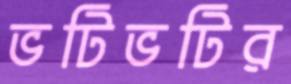
ভটিভটির